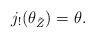
LaTeX: \begin{align*}j_! (\theta_{\tilde Z})=\theta .\end{align*}